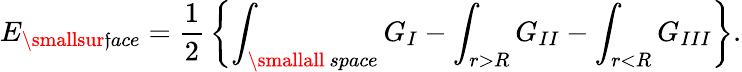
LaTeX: E_{\smallsur\mathfrak{f}ace}={\frac{{1}}{{2}}}\left\{ \int_{\smallall~space}G_{I}-\int_{r>R}G_{II}-\int_{r<R}G_{III}\right\} .